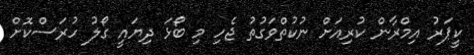
ކީޕަރު އިމްރާން ކުރިއަށް ނުކުތްވަގުތު ޖެހި މި ބޯޅަ ދިޔައީ ގޯލު ހުރަސްކޮށް